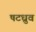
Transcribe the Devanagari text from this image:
षटध्रुव